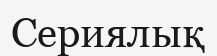
Сериялық